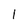
Character: I